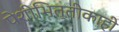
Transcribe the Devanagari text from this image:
पेशीभित्तीकाही